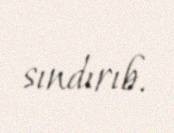
sındırıb.